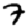
Digit: 7